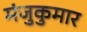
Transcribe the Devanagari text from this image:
मंजुकुमार